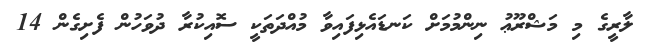
ލާރީގެ މި މަޝްރޫޢު ނިންމުމަށް ކަނޑައެޅިފައިވާ މުއްދަތަކީ ސޮއިކުރާ ދުވަހުން ފެށިގެން 14